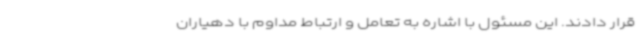
قرار دادند. این مسئول با اشاره به تعامل و ارتباط مداوم با دهیاران